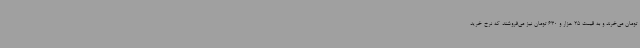
تومان می‌خرند و به قیمت 25 هزار و 630 تومان نیز می‌فروشند که نرخ خرید